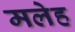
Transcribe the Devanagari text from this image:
मलेह